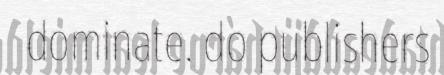
dominate. do publishers